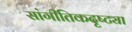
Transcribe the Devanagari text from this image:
सांगीतिकदृष्ट्या